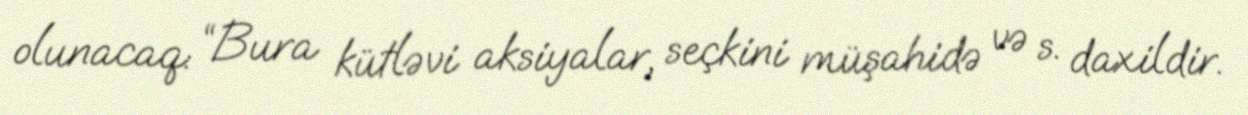
olunacaq: “Bura kütləvi aksiyalar, seçkini müşahidə və s. daxildir.